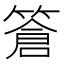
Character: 篬